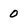
Character: 0